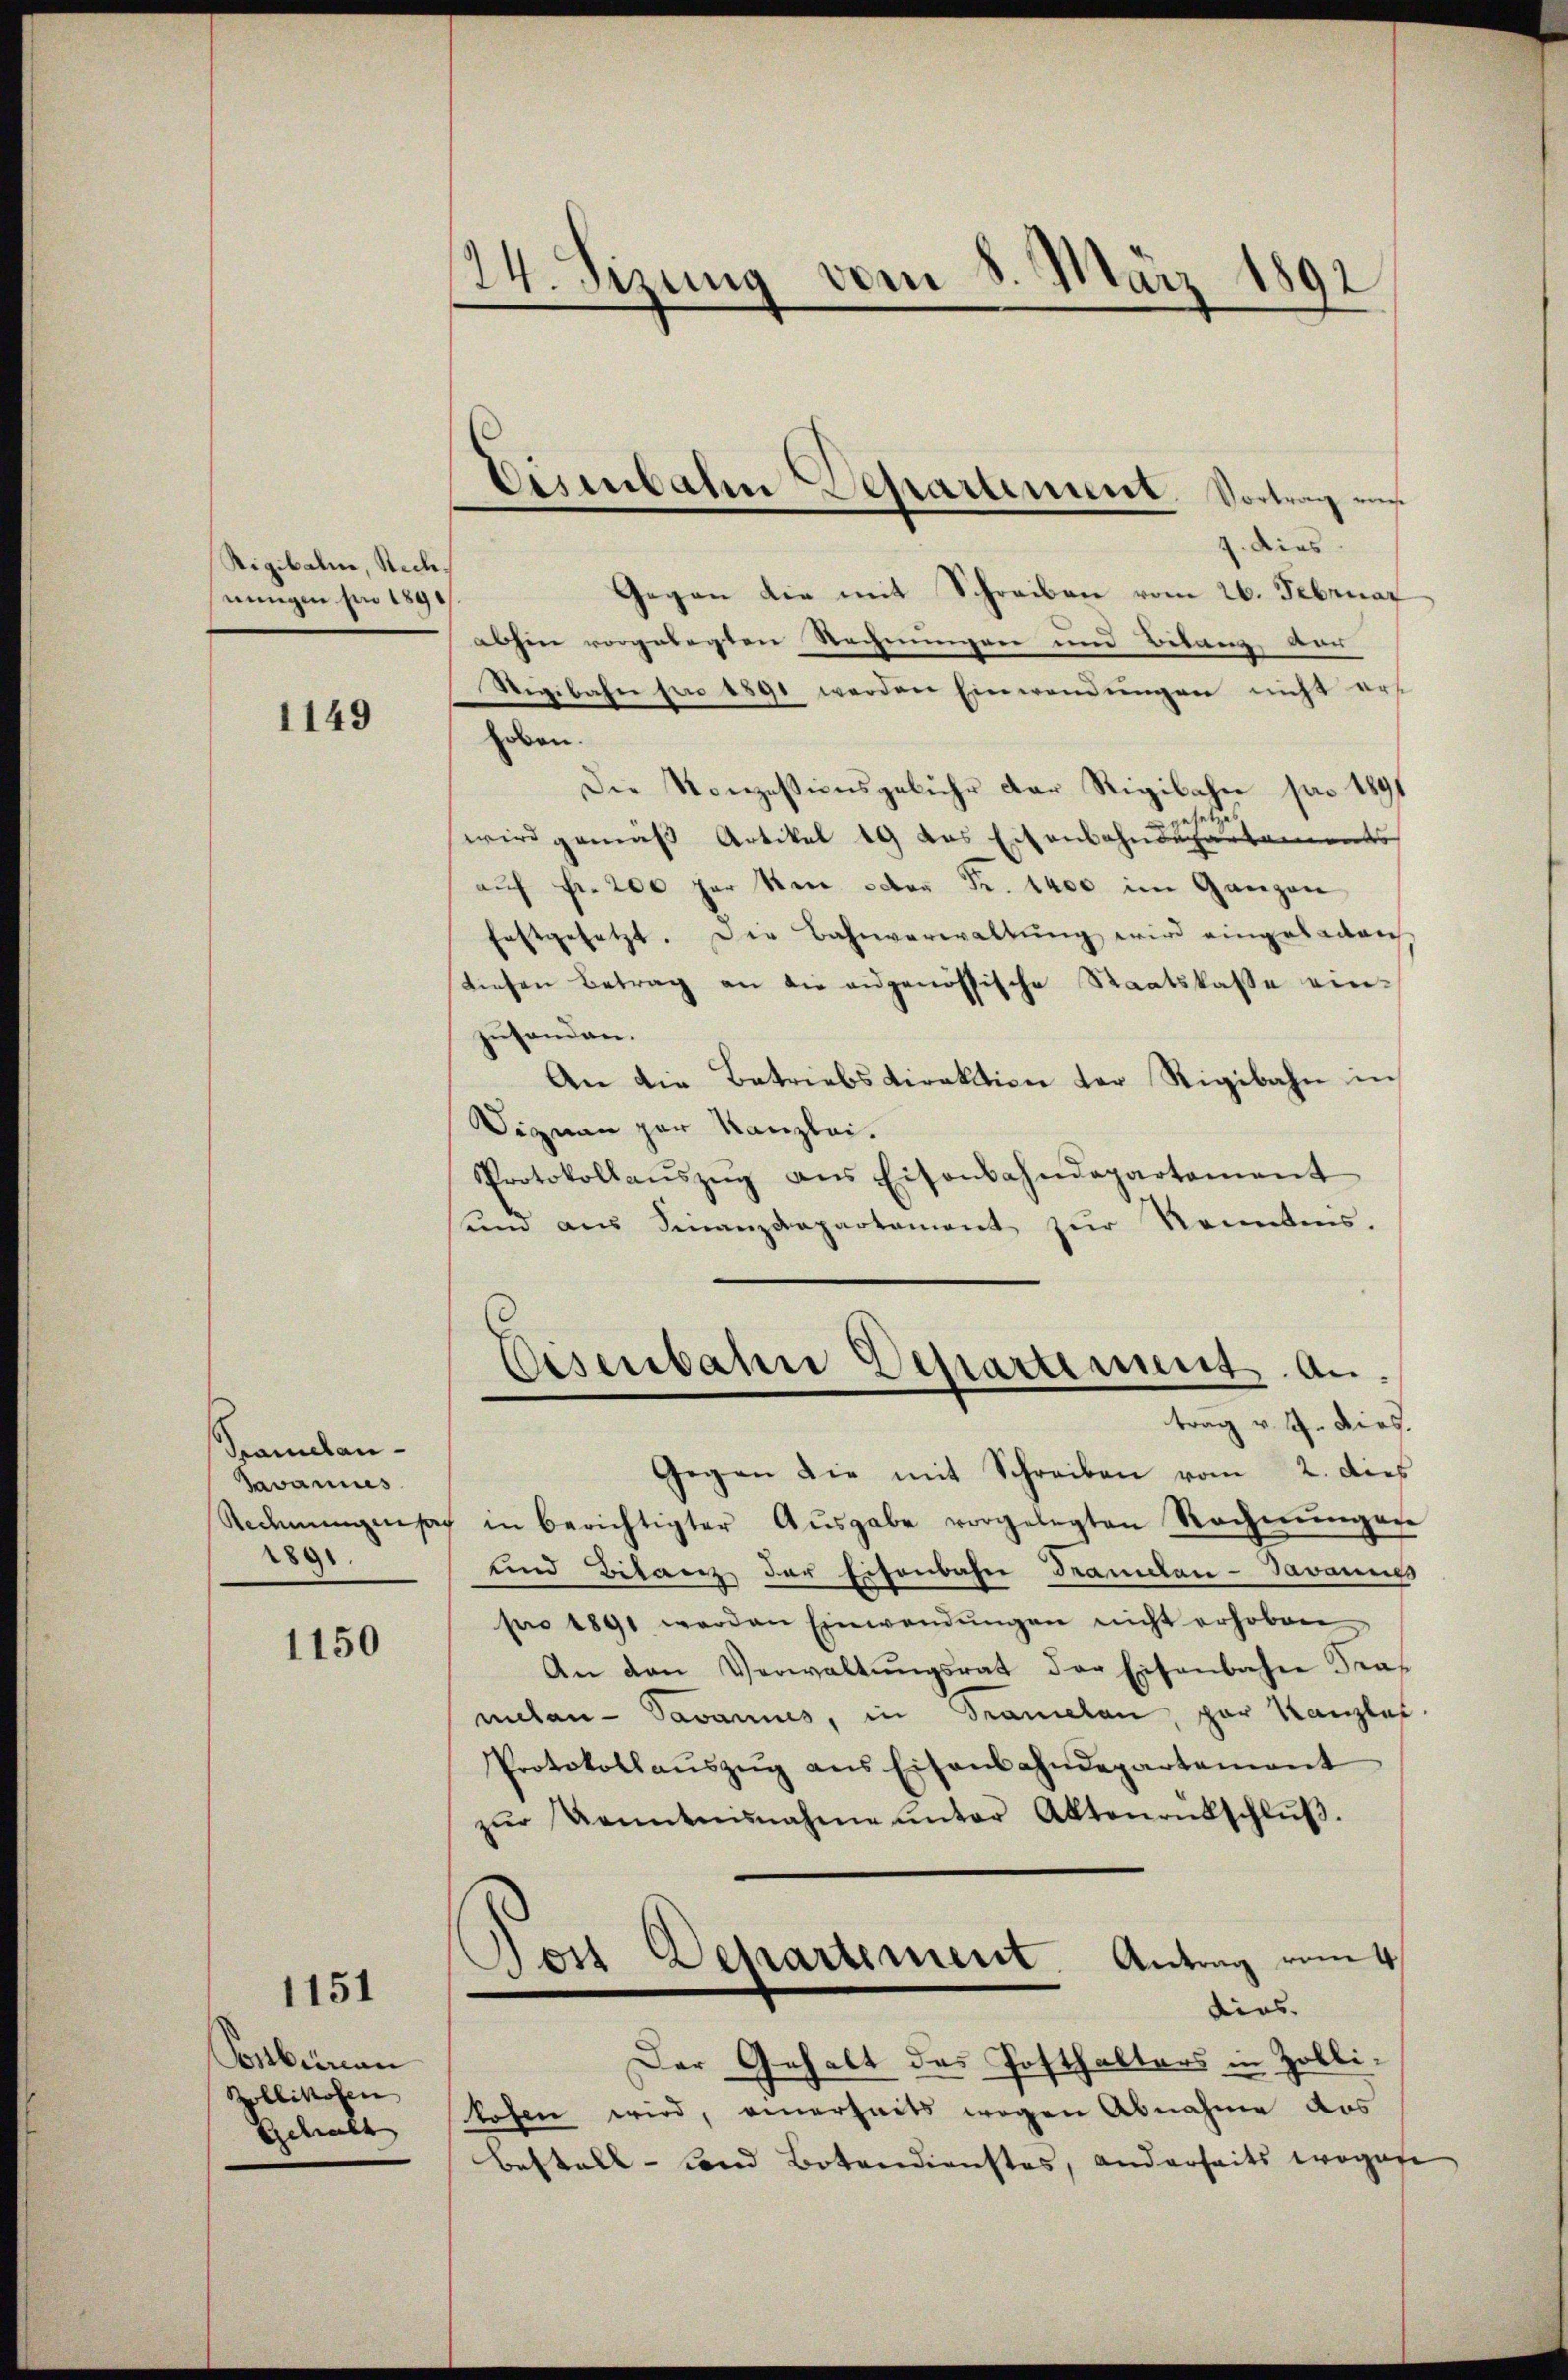
Rigibalen, Rechnungen pr 1890

1149

Samban¬
Tavannes
Redhemingensat
2890.

1150

1151

Corbirran
Zollikofen
Schaft

24. Sizung vom 8. März 1892

Osenbahn Departement. Vortrag aus

7. dies
Gegen die mit Schreiben vom 26. Februar
abhin vorgelegten Rechnungen und Bilanz ver
Sigibahn pro 1890 werden Einwendungen nicht ers
Erben.
Die Konzessionsgebühr der Rigibahn pro 1891
wird gemäß Artikel 19 das Eisenbahndepartements
aŭf Fr. 200 par den octor Fr. 1400 im Ganzen
festgesetzt. Die Bahnverwaltung wird eingeladen
tiefen Betrag an die angenössische Staatskasse einzufanden.
An die Betriebsdirektion der Rigibahn in
Dignau par Kanzlei.
Protokollaŭszŭg ans Eisenbahndepartement
und aus Finanzdepartament zŭr Nonntens.
Eisenbann Departement. Antrag v. J. dies.
Gegen die mit Schreiben vom 2. dies
in berichtigter Aŭsgabe vorgelegten Rechnŭngen
und Bilanz der Eisenbahn Tramidan-Javannes
pro 1891 werden Einwendŭngen nicht erhoben
An den Verwaltŭngsrat der Eisenbahne Framelan- Pavannes, in Tramelan, par Kanzlei-
Protokollaŭszŭg ans Eisenbahndepartement
zŭr Kenntnisnahme ŭnter Aktenentschlŭβ.
Post Departement. Antrag vom 4.
dies
Der Gehalt des Posthalters in Zollilofen wird, einerheits wegen Abnahme des
Bestall-Land Botendienstes, anderseits wegese